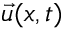
\vec { u } ( x , t )